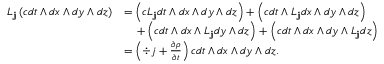
\begin{array} { r l } { L _ { { \mathbf j } } \left( c d t \wedge d x \wedge d y \wedge d z \right) } & { = \left( c L _ { { \mathbf j } } d t \wedge d x \wedge d y \wedge d z \right) + \left( c d t \wedge L _ { { \mathbf j } } d x \wedge d y \wedge d z \right) } \\ & { \quad \, + \left( c d t \wedge d x \wedge L _ { \mathbf j } d y \wedge d z \right) + \left( c d t \wedge d x \wedge d y \wedge L _ { \mathbf j } d z \right) } \\ & { = \left( \div j + \frac { \partial \rho } { \partial t } \right) c d t \wedge d x \wedge d y \wedge d z . } \end{array}